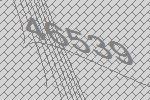
46539